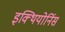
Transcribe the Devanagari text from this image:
इक्थियोर्निस